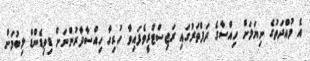
އެ މުއްދަތުގެ ނިޔަލަށް ހިއްސާގެ ދަފްތަރުގައި ރަޖިސްޓްރީވެފައިވާ ހުރިހާ ހިއްސާދާރުންނަށް ޑިވިޑެންޑް ލިބުމަށް